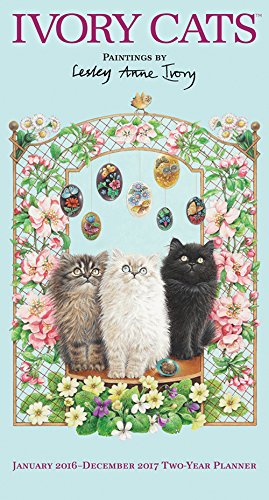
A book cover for Ivory Cats: Paintings by Lesley Anne Ivory 2016 Two-Year Pocket Planner; Browntrout Publishers; Calendars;